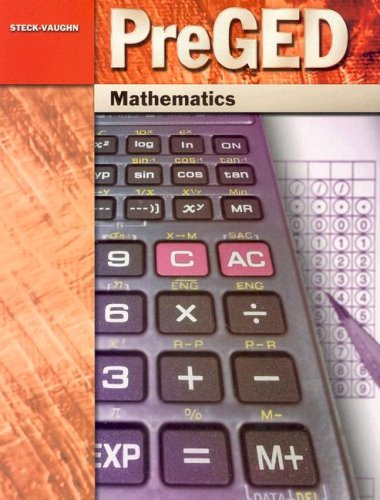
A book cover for Pre-GED: Student Edition Mathematics; STECK-VAUGHN; Test Preparation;